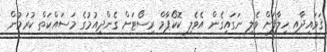
ޤަވައިދާއި ހިލާފަށް ވެލި ނަގައިގެން އެވެލި ކޮކޯޕާމް ރިސޯޓަށް ގެންދިއުމުގެ މަސައްކަތް ކުރަމުން